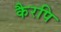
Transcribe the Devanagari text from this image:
कैरपि